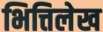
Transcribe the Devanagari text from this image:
भित्तिलेख